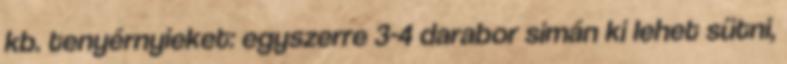
kb. tenyérnyieket: egyszerre 3-4 darabor simán ki lehet sütni,